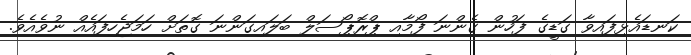
ކަނޑައެޅިފައިވާ ގަޑީގެ ފަހުން ގެންނަ ފޯމާއި ޕްރޮޕޯސަލް ބަލައިގަންނަ ގޮތަށް ހަމަޖެހިފައެއް ނުވެއެވެ.